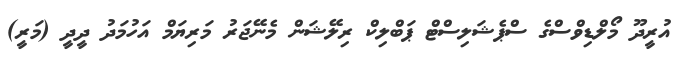
އުރީދޫ މޯލްޑިވްސްގެ ސްޕެޝަލިސްޓް ޕަބްލިކް ރިލޭޝަން މެނޭޖަރު މަރިޔަމް އަހުމަދު ދީދީ (މަރީ)